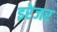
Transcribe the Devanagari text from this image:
इरेजर